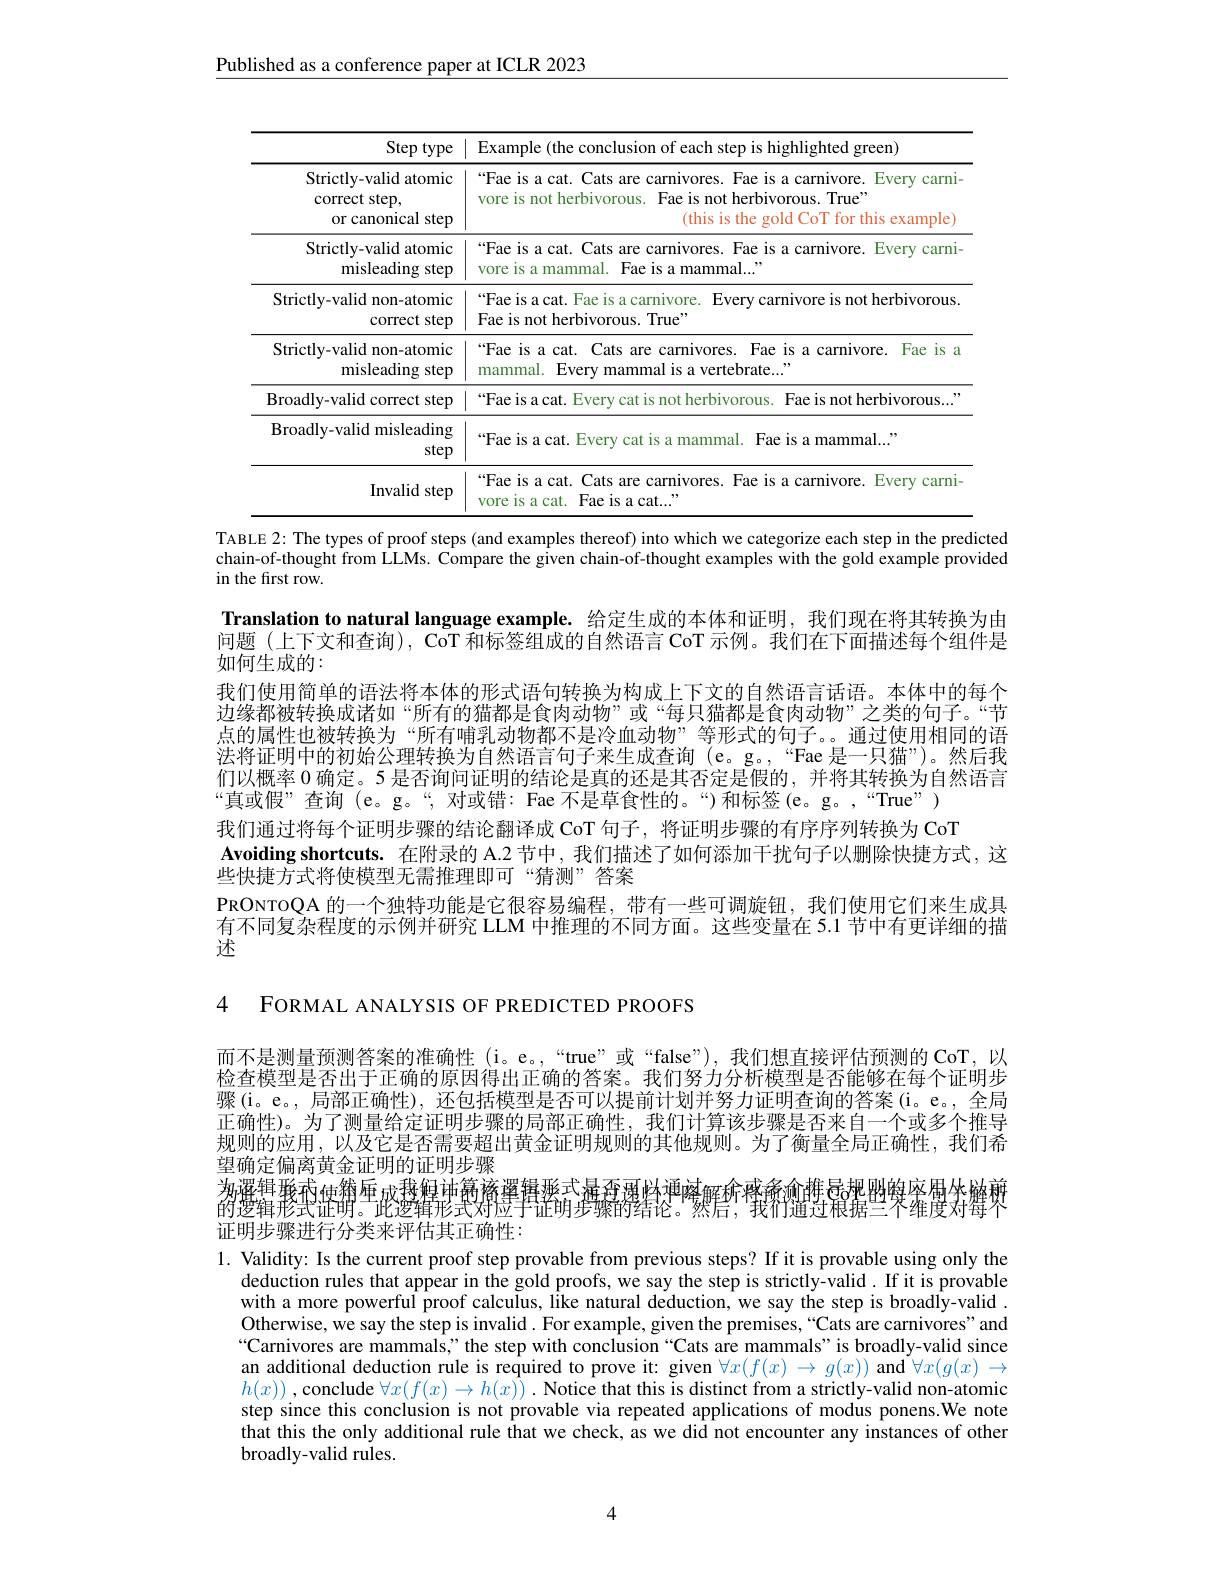
Published as a conference paper at ICLR 2023

<table>
	<tbody>
		<tr>
			<th>Step type</th>
			<th>Example (the conclusior) of each step is highlighted green J</th>
		</tr>
		<tr>
			<td>Strictly-valid atomic correct step, lstep or canonical</td>
			<td>“Fae is a cat. Cats are carnivores. Fae is a carnivore. Every carni- vore is not herbivorous. Fae is not herbivorous. True' (this is the gold CoT for this example)</td>
		</tr>
		<tr>
			<td>Strictly-valid atomic misleading step</td>
			<td>“Fae is a cat. Cats are carnivores. Fae is a carnivore. Every carni- Fae is a mammal..." vore is a mammal. I</td>
		</tr>
		<tr>
			<td>Strictly-valid non-atomic correct step</td>
			<td>“Fae is a cat. Fae is a carnivore. Every carnivore is not herbivorous. Fae is not herbivorous. True"</td>
		</tr>
		<tr>
			<td>Strictly-valid non-atomic misleading step</td>
			<td>“Fae is a cat. Cats are carnivores. Fae is a carnivore. Fae is a mammal. Every mammal is a vertebrate..."</td>
		</tr>
		<tr>
			<td>Broadly-valid correct step</td>
			<td>Fae is not herbivorous... $\because$Faeisa $\operatorname{VOrOUS}$</td>
		</tr>
		<tr>
			<td>Broadly-valid misleading step</td>
			<td>“Fae is a cat. Every cat is a mammal. Fae is a mammal..."</td>
		</tr>
		<tr>
			<td>Invalid step</td>
			<td>“Fae is a cat. Cats are carnivores. Fae is a carnivore. Every carni- 99 vore is a cat. Fae is a cat...</td>
		</tr>
	</tbody>
</table>

TABLE 2: The types of proof steps (and examples thereof) into which we categorize each step in the predicted chain-of-thought from LLMs. Compare the given chain-of-thought examples with the gold example provided in the first row.

Translation to natural language example. 给定生成的本体和证明，我们现在将其转换为由问题(上下文和查询), CoT 和标签组成的自然语言 CoT 示例。我们在下面描述每个组件是如何生成的：
我们使用简单的语法将本体的形式语句转换为构成上下文的自然语言话语。本体中的每个边缘都被转换成诸如“所有的猫都是食肉动物”或“每只猫都是食肉动物”之类的句子。“节点的属性也被转换为“所有哺乳动物都不是冷血动物”等形式的句子。。通过使用相同的语法将证明中的初始公理转换为自然语言句子来生成查询(e。g。,“Fae 是一只猫”)。然后我们以概率 0 确定。5 是否询问证明的结论是真的还是其否定是假的，并将其转换为自然语言“真或假”查询 (e。g。“,对或错：Fae 不是草食性的。“) 和标签(e。g。,“True”) 我们通过将每个证明步骤的结论翻译成 CoT 句子，将证明步骤的有序序列转换为 CoT Avoiding shortcuts. 在附录的 A.2 节中，我们描述了如何添加干扰句子以删除快捷方式，这
些快捷方式将使模型无需推理即可“猜测”答案
PRONTOQA 的一个独特功能是它很容易编程，带有一些可调旋钮，我们使用它们来生成具有不同复杂程度的示例并研究 LLM 中推理的不同方面。这些变量在 5.1 节中有更详细的描述

4 FORMAL ANALYSIS OF PREDICTED PROOFS

而不是测量预测答案的准确性 (i。e。,“true”或“false”),我们想直接评估预测的 CoT,以检查模型是否出于正确的原因得出正确的答案。我们努力分析模型是否能够在每个证明步骤(i。e。, 局部正确性), 还包括模型是否可以提前计划并努力证明查询的答案(i。e。,全局正确性)。为了测量给定证明步骤的局部正确性，我们计算该步骤是否来自一个或多个推导规则的应用，以及它是否需要超出黄金证明规则的其他规则。为了衡量全局正确性，我们希望确定偏离黄金证明的证明步骤
$\begin{array}{c}\text{務選輯 孫奕}_{1}^{\text{датана}}\\\text{ 的}_{2}^{\text{датана}}\\\text{ 的}_{2}^{\text{датана}}\end{array}$
证明步骤进行分类来评估其正确性：

1. Validity: Is the current proof step provable from previous steps? If it is provable using only the
deduction rules that appear in the gold proofs, we say the step is strictly-valid. If it is provable with a more powerful proof calculus, like natural deduction, we say the step is broadly-valid . Otherwise, we say the step is invalid. For example, given the premises,“Cats are carnivores" and Carnivores are mammals," the step with conclusion “Cats are mammals”is broadly-valid since an additional deduction rule is required to prove it: given $\forall x( f( x) \to g( x) ) \textbf{ and }\forall x( g( x) \to$ $h( x) )$ ,conclude $\forall x( f( x) \to h( x) )$ $. \textbf{Notice that this is distinct from a strictly- valid non- atomic}$ step since this conclusion is not provable via repeated applications of modus ponens.We note that this the only additional rule that we check, as we did not encounter any instances of other broadly-valid rules.

4